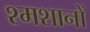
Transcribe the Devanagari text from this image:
श्मशानों